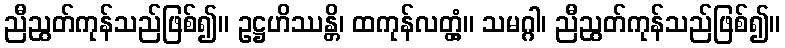
ညီညွတ်ကုန်သည်ဖြစ်၍။ ဥဋ္ဌဟိဿန္တိ၊ ထကုန်လတ္တံ့။ သမဂ္ဂါ၊ ညီညွတ်ကုန်သည်ဖြစ်၍။